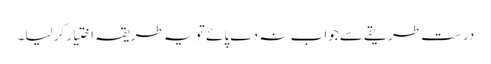
درست طریقے سے جواب نہ دے پائے تو یہ طریقہ اختیار کر لیا۔